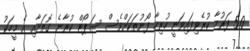
5.0 ފަރުމާ ކުރެވިފައިވަނީ ހުރިހާ ފޯނުތަކަށްވެސް ސަޕޯޓް ކުރާނެ ގޮތަށާއި އެ މީހަކު